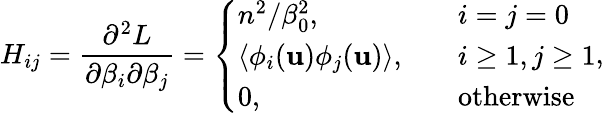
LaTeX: H_{ij}=\frac{\partial^{2}L}{\partial\beta_{i}\partial\beta_{j}}=\left\{ \begin{array}{ll}{n^{2}/\beta_{0}^{2},\quad}&{i=j=0}\\ {\left<\phi_{i}(\mathbf{u})\phi_{j}(\mathbf{u})\right>,\quad}&{i\ge 1,j\ge 1}\\ {0,\quad}&{\mathrm{otherwise}}\end{array}\right.,